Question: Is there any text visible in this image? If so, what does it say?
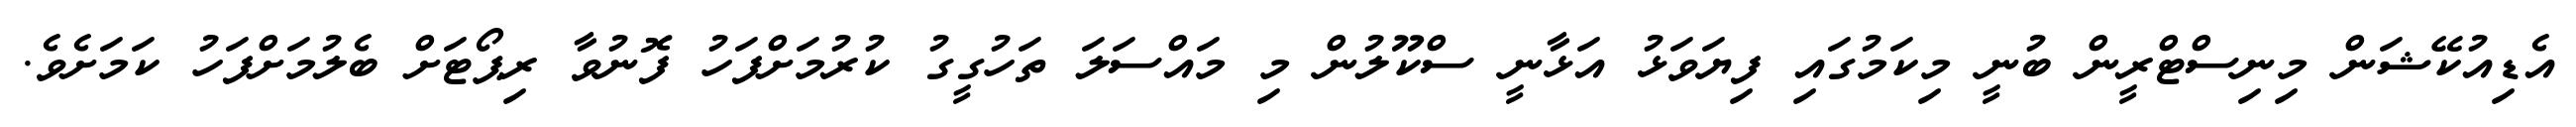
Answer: އެޑިއުކޭޝަން މިނިސްޓްރީން ބުނީ މިކަމުގައި ފިޔަވަޅު އަޅާނީ ސްކޫލުން މި މައްސަލަ ތަހުގީގު ކުރުމަށްފަހު ފޮނުވާ ރިޕޯޓަށް ބެލުމަށްފަހު ކަމަށެވެ.